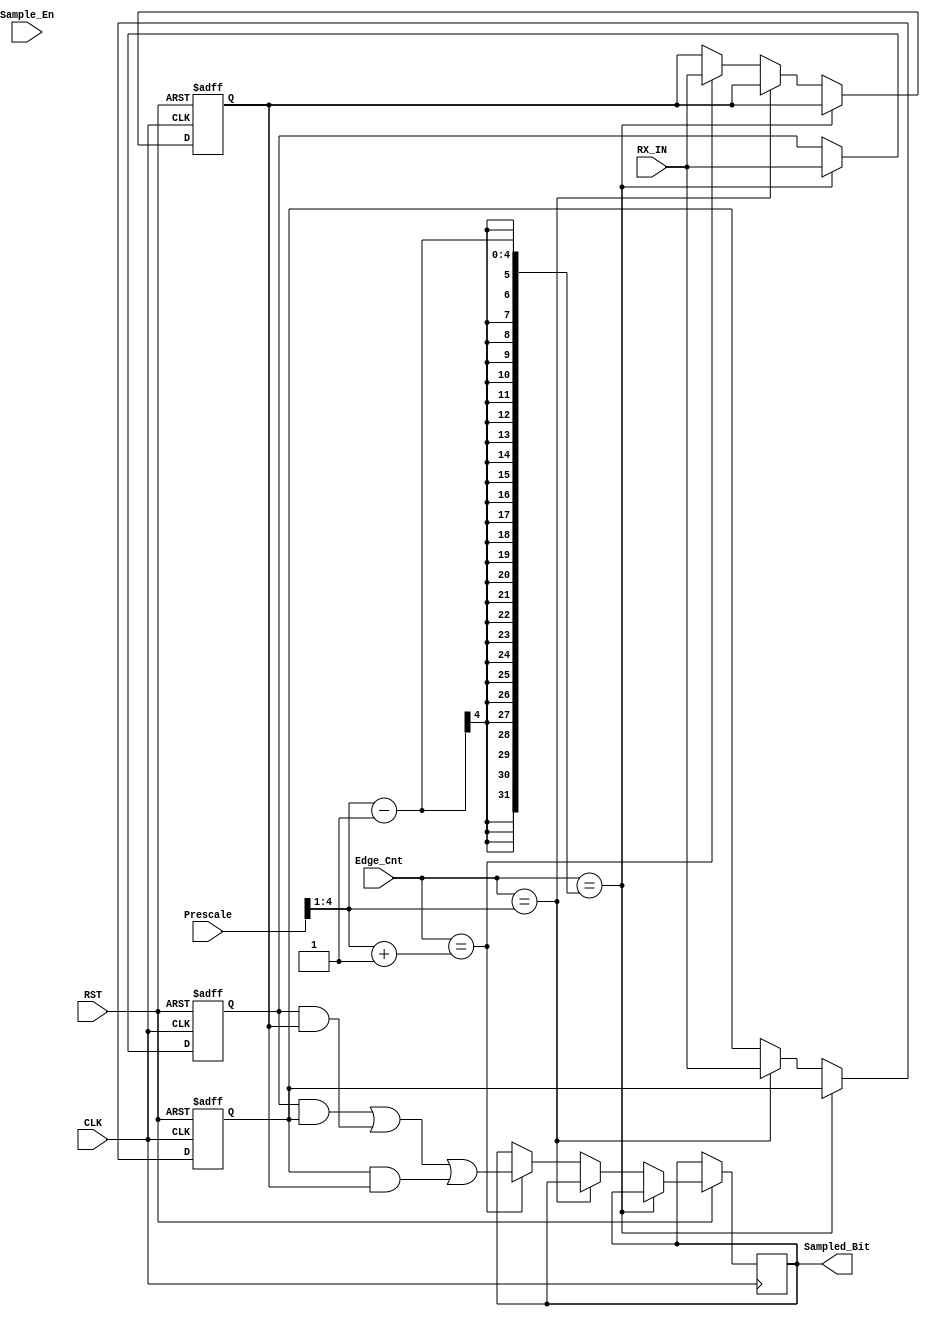
module UART_Rx_Sampler (
    input       wire                     RX_IN,
    input       wire                     Sample_En,
    input       wire        [7:0]        Prescale,
    input       wire        [7:0]        Edge_Cnt,
    input       wire                     CLK,  
    input       wire                     RST,
    output      reg                      Sampled_Bit
);

wire    [3:0]    Mid;
reg              Val1, Val2, Val3;
wire             Majority_comb;

assign Mid = Prescale[7:1];

always @ (posedge CLK or negedge RST)
    begin
        if (!RST)
            begin
                Val1 <= 0;
                Val2 <= 0;
                Val3 <= 0;
            end
        else if (Edge_Cnt == Mid - 1)
            Val1 <= RX_IN;
        else if (Edge_Cnt == Mid)
            Val2 <= RX_IN;
        else if (Edge_Cnt == Mid + 1)
            begin
                Val3 <= RX_IN;
                Sampled_Bit <= Majority_comb;
            end
    end

assign Majority_comb = (Val1 & Val2) | (Val1 & Val3) | (Val2 & Val3);

endmodule